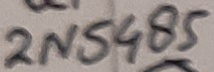
Text: 2N5485